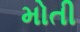
મોતી